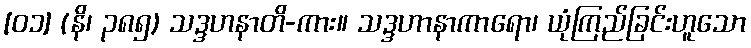
[၀၁] (နိ၊ ၃၈၅) သဒ္ဒဟနာတိ-ကား။ သဒ္ဒဟာနာကာရော၊ ယုံကြည်ခြင်းဟူသော